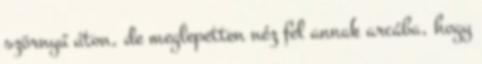
szörnyű úton, de meglepetten néz fel annak arcába, hogy